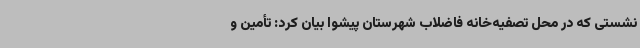
نشستی که در محل تصفیه‌خانه فاضلاب شهرستان پیشوا بیان کرد: تأمین و